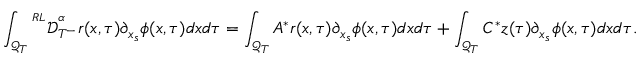
\int _ { \mathcal { Q } _ { T } } { ^ { ^ { R L } } \mathcal { D } _ { T ^ { - } } ^ { ^ \alpha } } r ( x , \tau ) \partial _ { x _ { s } } \phi ( x , \tau ) d x d \tau = \int _ { \mathcal { Q } _ { T } } A ^ { * } r ( x , \tau ) \partial _ { x _ { s } } \phi ( x , \tau ) d x d \tau + \int _ { \mathcal { Q } _ { T } } C ^ { * } z ( \tau ) \partial _ { x _ { s } } \phi ( x , \tau ) d x d \tau .